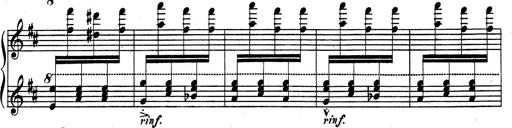
Title: Rhapsodie espagnole
Composer: Franz Liszt